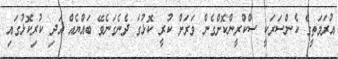
އުރަމަތީގެ ކެންސަރަކީ ސްކްރީންކޮށްގެން ވަރަށް ކުރީ ކޮޅުގަ ދެނެގަނެވޭ ބައްޔެއްް އަދި ކުރިކޮޅުގައި